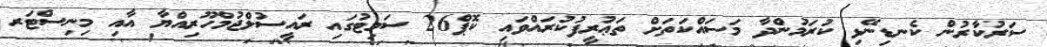
ސަރުކާރުން ކެނޑިނޭޅި ކުރަމުންދާ މަސައްކަތަށް ތަޢުރީފުކުރައްވައި ކޮޕް26 ސަމިޓުގައި ރައީސުލްޖުމްހޫރިއްޔާ އާއި މިނިސްޓަރ